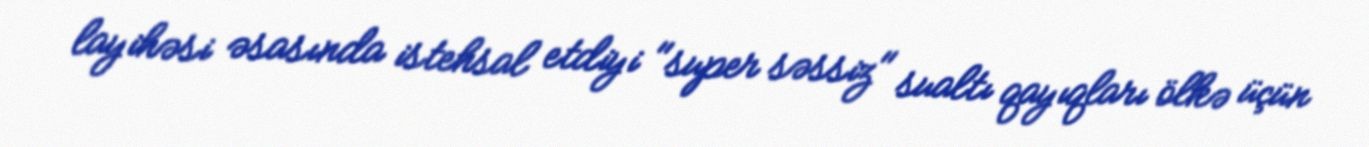
layihəsi əsasında istehsal etdiyi "super səssiz" sualtı qayıqları ölkə üçün